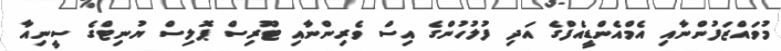
މުވައްޒަފުންނާއި އެމްއެންޑީއެފްގެ އަދި ފުލުހުންގެ އިސް ވެރިންނާއި ޓޫރިސް ޕޮލިސް ޔުނިޓްގެ ސީނިއާ